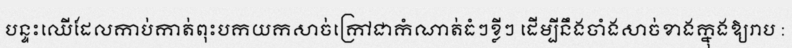
បន្ទះឈើដែលកាប់កាត់ពុះបកយកសាច់ក្រៅជាកំណាត់ធំៗខ្លីៗ ដើម្បីនឹងចាំងសាច់ខាងក្នុងឱ្យរាប :